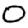
Digit: 0